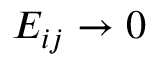
E _ { i j } \rightarrow 0